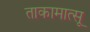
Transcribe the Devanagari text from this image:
ताकामात्सू